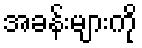
အခန်းများကို